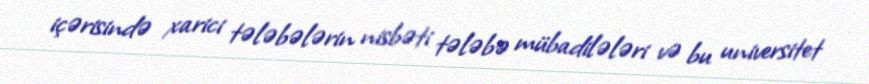
içərisində xarici tələbələrin nisbəti tələbə mübadilələri və bu universitet